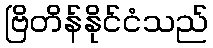
ဗြိတိန်နိုင်ငံသည်